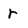
Character: r